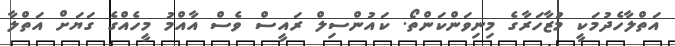
އަތްލާހެދުމަކީ މުޒާހަރާގެ މިނިވަންކަންތޯ. ކައުންސިލް ރައީސް ވެސް އާއްމު މީހެއްގެ ގަޔަށް އަތްލާ